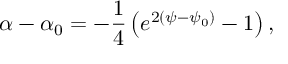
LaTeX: \alpha - \alpha _ { 0 } = - \frac { 1 } { 4 } \left( e ^ { 2 ( \psi - \psi _ { 0 } ) } - 1 \right) ,